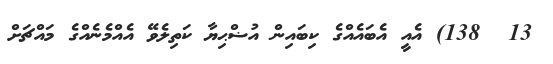
13  138) އެއީ އެބައެއްގެ ކިބައިން އުޟްޙިޔާ ކަތިލެވޭ އެއްމެނެއްގެ މައްޗަށް